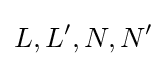
L,L',N,N'